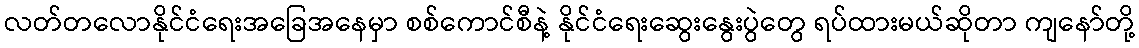
လတ်တလောနိုင်ငံရေးအခြေအနေမှာ စစ်ကောင်စီနဲ့ နိုင်ငံရေးဆွေးနွေးပွဲတွေ ရပ်ထားမယ်ဆိုတာ ကျနော်တို့